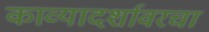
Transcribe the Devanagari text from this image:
काव्यादर्शावरचा